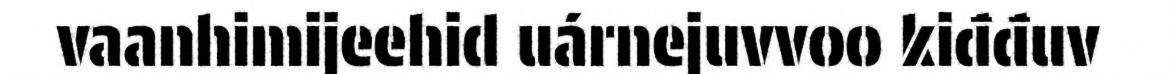
vaanhimijeehid uárnejuvvoo kiđđuv